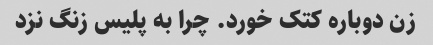
زن دوباره کتک خورد. چرا به پلیس زنگ نزد